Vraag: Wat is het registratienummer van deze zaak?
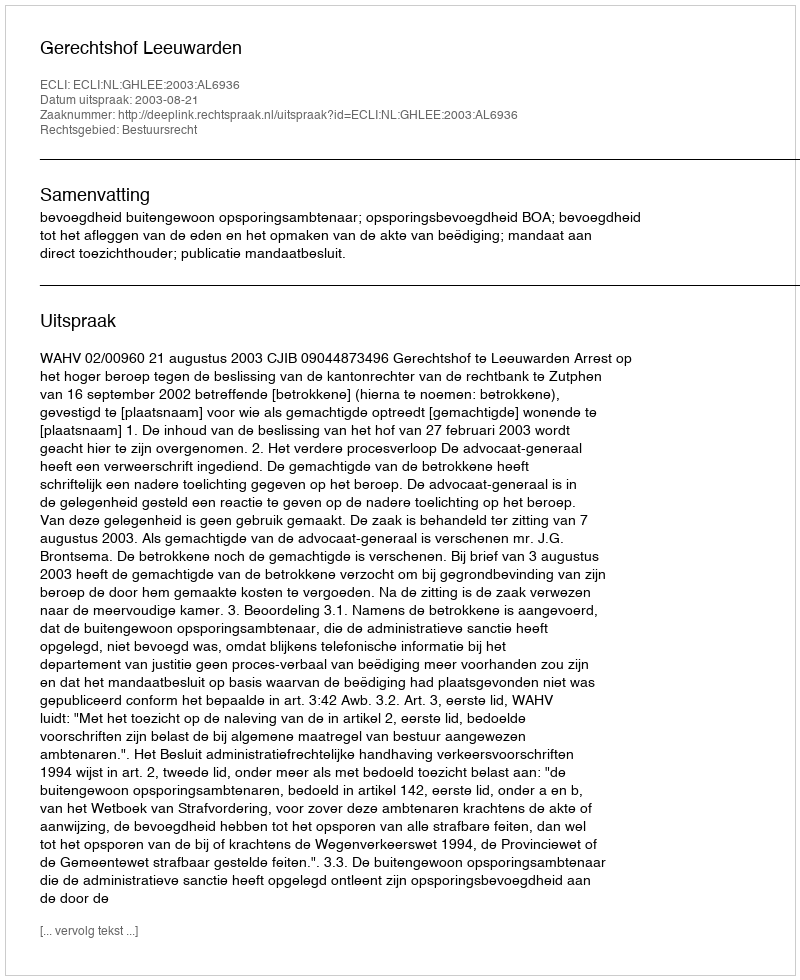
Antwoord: http://deeplink.rechtspraak.nl/uitspraak?id=ECLI:NL:GHLEE:2003:AL6936